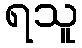
ရသူ